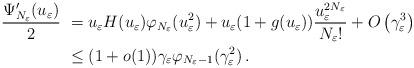
LaTeX: \begin{align*}\frac{\Psi_{N_\varepsilon}'(u_\varepsilon)}{2}~&=u_\varepsilon H(u_\varepsilon) \varphi_{N_\varepsilon}(u_\varepsilon^2)+u_\varepsilon (1+g(u_\varepsilon))\frac{u_\varepsilon^{2N_\varepsilon}}{N_\varepsilon !}+O\left(\gamma_\varepsilon^3 \right)\\&\le (1+o(1))\gamma_\varepsilon\varphi_{N_\varepsilon-1}(\gamma_\varepsilon^2)\,.\end{align*}